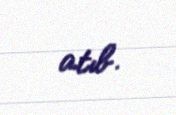
atıb.